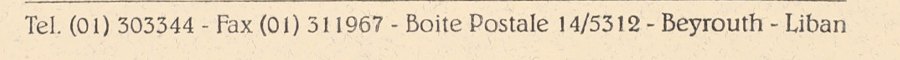
Tel. (01) 303344 - Fax (01) 311967 - Boite Postale 14/5312 - Beyrouth - Liban